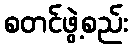
စတင်ဖွဲ့စည်း